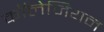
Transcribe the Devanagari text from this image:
कॉलेजियन